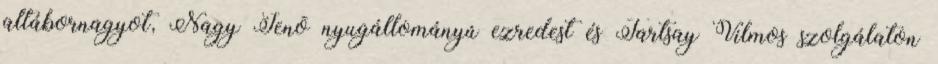
altábornagyot, Nagy Jenõ nyugállományú ezredest és Tartsay Vilmos szolgálaton